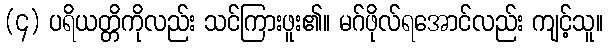
(၄) ပရိယတ္တိကိုလည်း သင်ကြားဖူး၏။ မဂ်ဖိုလ်ရအောင်လည်း ကျင့်သူ။